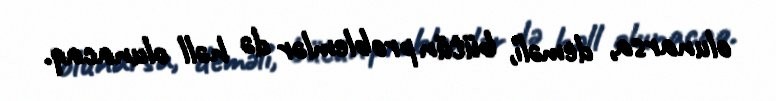
olunarsa, deməli, bütün problemlər də həll olunacaq.